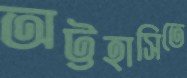
অট্টহাসিতে